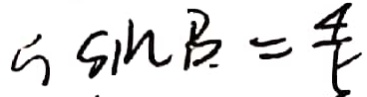
5 \sin B = \frac { 4 } { 5 }